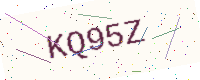
Text: KQ95Z